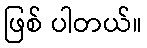
ဖြစ် ပါတယ်။